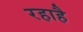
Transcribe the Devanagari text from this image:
रहाहै